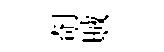
剞賊